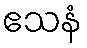
ဧသနံ